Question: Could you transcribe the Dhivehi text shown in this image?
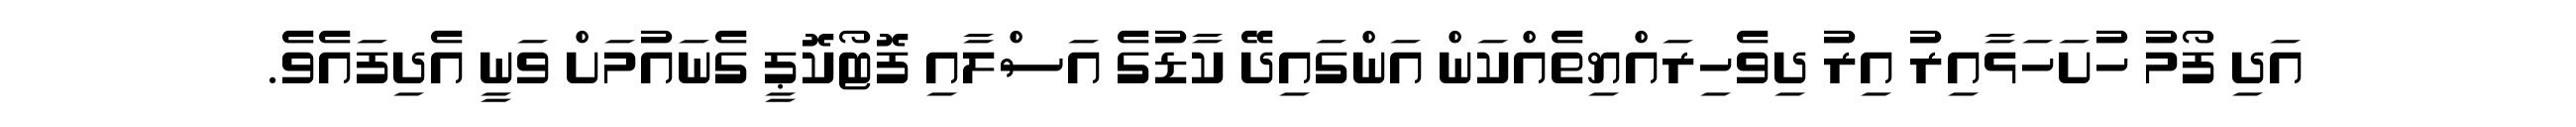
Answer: އަދި ފޯމު ހުށަހަޅާއިރު އިރު ދިވެހިރައްޔިތެއްކަން އަންގައިދޭ ކާޑުގެ އަސްލާއި ފޮޓޯކޮޕީ ގެނައުމަށް ވަނީ އެދިފައެވެ.